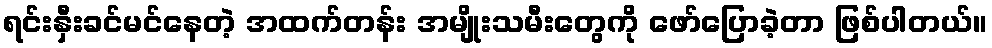
ရင်းနှီးခင်မင်နေတဲ့ အထက်တန်း အမျိုးသမီးတွေကို ဖော်ပြောခဲ့တာ ဖြစ်ပါတယ်။